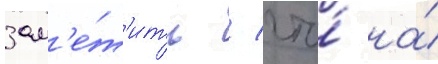
зам'е́т'ить / что́ на́